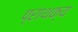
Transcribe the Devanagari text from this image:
प्राथक्य